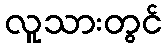
လူသားတွင်